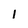
Character: 1